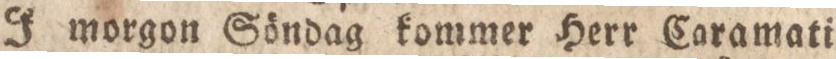
I morgon Söndag kommer Herr Caramati